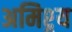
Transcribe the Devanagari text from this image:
अमिश्र्य